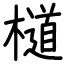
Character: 檤